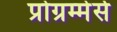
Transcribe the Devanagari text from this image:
प्रोग्रम्मेर्स